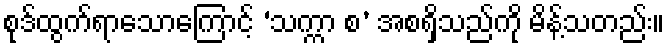
စုဒ်ထွက်ရာသောကြောင့် ‘သက္ကာ စ’ အစရှိသည်ကို မိန့်သတည်း။